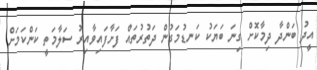
އީދު ބަންދާ ދިމާކޮށް ގިނަ ބަޔަކު ކަނޑުމަގުން ދަތުރުތައް ފަށާފައިވާއިރު ސަލާމަތީ ކަންކަމަށް